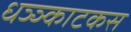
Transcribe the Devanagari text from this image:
धञ्ञ्काटकस